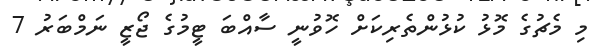
މި މެޗުގެ މޮޅު ކުޅުންތެރިކަށް ހޮވުނީ ސާއްބަ ޓީމުގެ ޖޯޒީ ނަމްބަރު 7